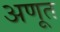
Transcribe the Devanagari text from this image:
अणूत